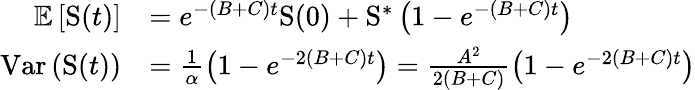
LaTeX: \begin{array}{rl}{\mathbb{E}\left[\mathrm{S}(t)\right]}&{=e^{-(B+C)t}\mathrm{S}(0)+\mathrm{S}^{\ast}\left(1-e^{-(B+C)t}\right)}\\ {\mathrm{Var}\left(\mathrm{S}(t)\right)}&{=\frac{1}{\alpha}\left(1-e^{-2(B+C)t}\right)=\frac{A^{2}}{2(B+C)}\left(1-e^{-2(B+C)t}\right)}\end{array}